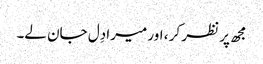
مجھ پر نظر کر ، اور میرا دِل جان لے۔